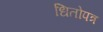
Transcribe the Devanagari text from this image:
धितोपत्र